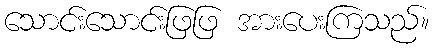
သောင်းသောင်းဖြဖြ အားပေးကြသည်။